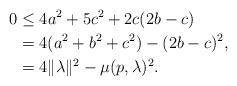
LaTeX: \begin{align*}0&\le 4a^2+5c^2+2c(2b-c) \\&= 4(a^2+b^2+c^2)-(2b-c)^2,\\&= 4\|\lambda\|^2 - \mu(p,\lambda)^2.\end{align*}